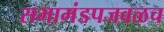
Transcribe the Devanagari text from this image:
सभामंडपजवळच